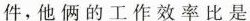
件，他俩的工作效率比是